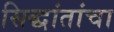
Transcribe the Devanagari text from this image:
सिद्धांतांचा